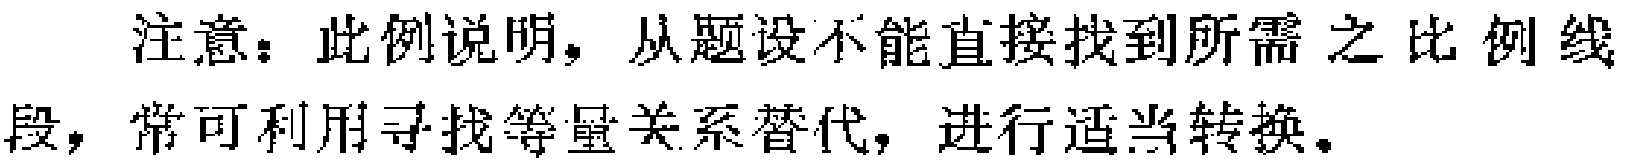
注意：此例说明，从题设不能直接找到所需之比例线段，常可利用寻找等量关系替代，进行适当转换。